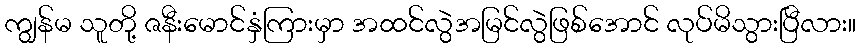
ကျွန်မ သူတို့ ဇနီးမောင်နှံကြားမှာ အထင်လွဲအမြင်လွဲဖြစ်အောင် လုပ်မိသွားပြီလား။